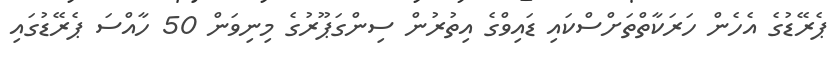
ޕެރޭޑުގެ އެހެން ހަރަކާތްތަށްސްކައި ޑައިވްގެ އިތުރުން ސިންގަޕޫރުގެ މިނިވަން 50 ހާއްސަ ޕެރޭޑުގައި